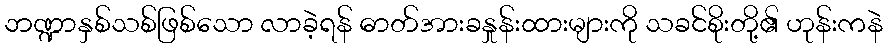
ဘဏ္ဍာနှစ်သစ်ဖြစ်သော လာခဲ့ရန် ဓာတ်အားခနှုန်းထားများကို သခင်စိုးတို့၏ ဟုန်းကနဲ